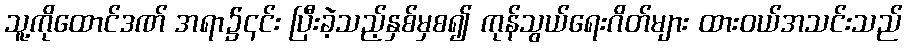
သူ့ကိုထောင်ဒဏ် အရာ၌၎င်း ပြီးခဲ့သည့်နှစ်မှစ၍ ကုန်သွယ်ရေးဂိတ်များ ထားဝယ်အသင်းသည်